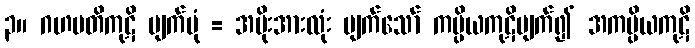
၃။ ဂဟပတိကုဋိ ပျက်ပုံ = အမိုးအားလုံး ပျက်သော် ကပ္ပိယကုဋိပျက်၍ အကပ္ပိယကုဋိ